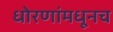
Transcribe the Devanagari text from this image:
धोरणांमधूनच